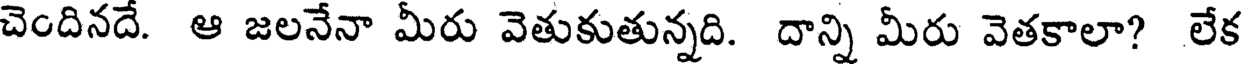
చెందినదే. ఆ జలనేనా మీరు వెతుకుతున్నది. దాన్ని మీరు వెతకాలా? లేక